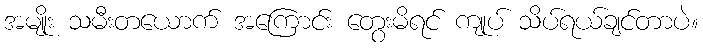
အမျိုး သမီးတယောက် အကြောင်း တွေးမိရင် ကျုပ် သိပ်ရယ်ချင်တာပဲ။